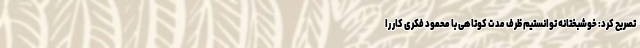
تصریح کرد: خوشبختانه توانستیم ظرف مدت کوتاهی با محمود فکری کار را